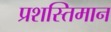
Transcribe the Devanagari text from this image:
प्रशस्तिमान